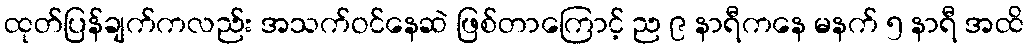
ထုတ်ပြန်ချက်ကလည်း အသက်ဝင်နေဆဲ ဖြစ်တာကြောင့် ည ၉ နာရီကနေ မနက် ၅ နာရီ အထိ